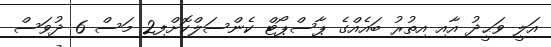
އަލީ ވަޙީދު އާއި އިތުރު ބައެއްގެ ޕާސްޕޯޓް ކެންސަލްކޮށްފި2 މަސް 6 ދުވަސް